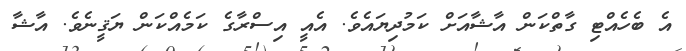
އެ ބެހެއްޓި ގާތްކަން އާޝާއަށް ކަމުދިޔައެވެ. އެއީ އިސްރާގެ ކަމެއްކަން ޔަޤީނެވެ. އާޝާ